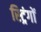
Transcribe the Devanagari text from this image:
स्ट्रिंगों